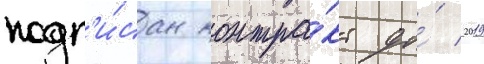
подп'и́сан контра́кт до́ 2019